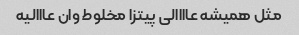
مثل همیشه عاااالی پیتزا مخلوط وان عااالیه